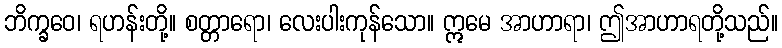
ဘိက္ခဝေ၊ ရဟန်းတို့။ စတ္တာရော၊ လေးပါးကုန်သော။ ဣမေ အာဟာရာ၊ ဤအာဟာရတို့သည်။